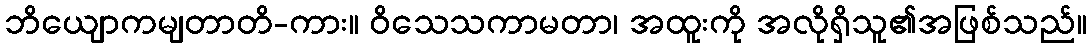
ဘိယျောကမျတာတိ-ကား။ ဝိသေသကာမတာ၊ အထူးကို အလိုရှိသူ၏အဖြစ်သည်။